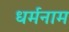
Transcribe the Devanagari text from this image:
धर्मनाम